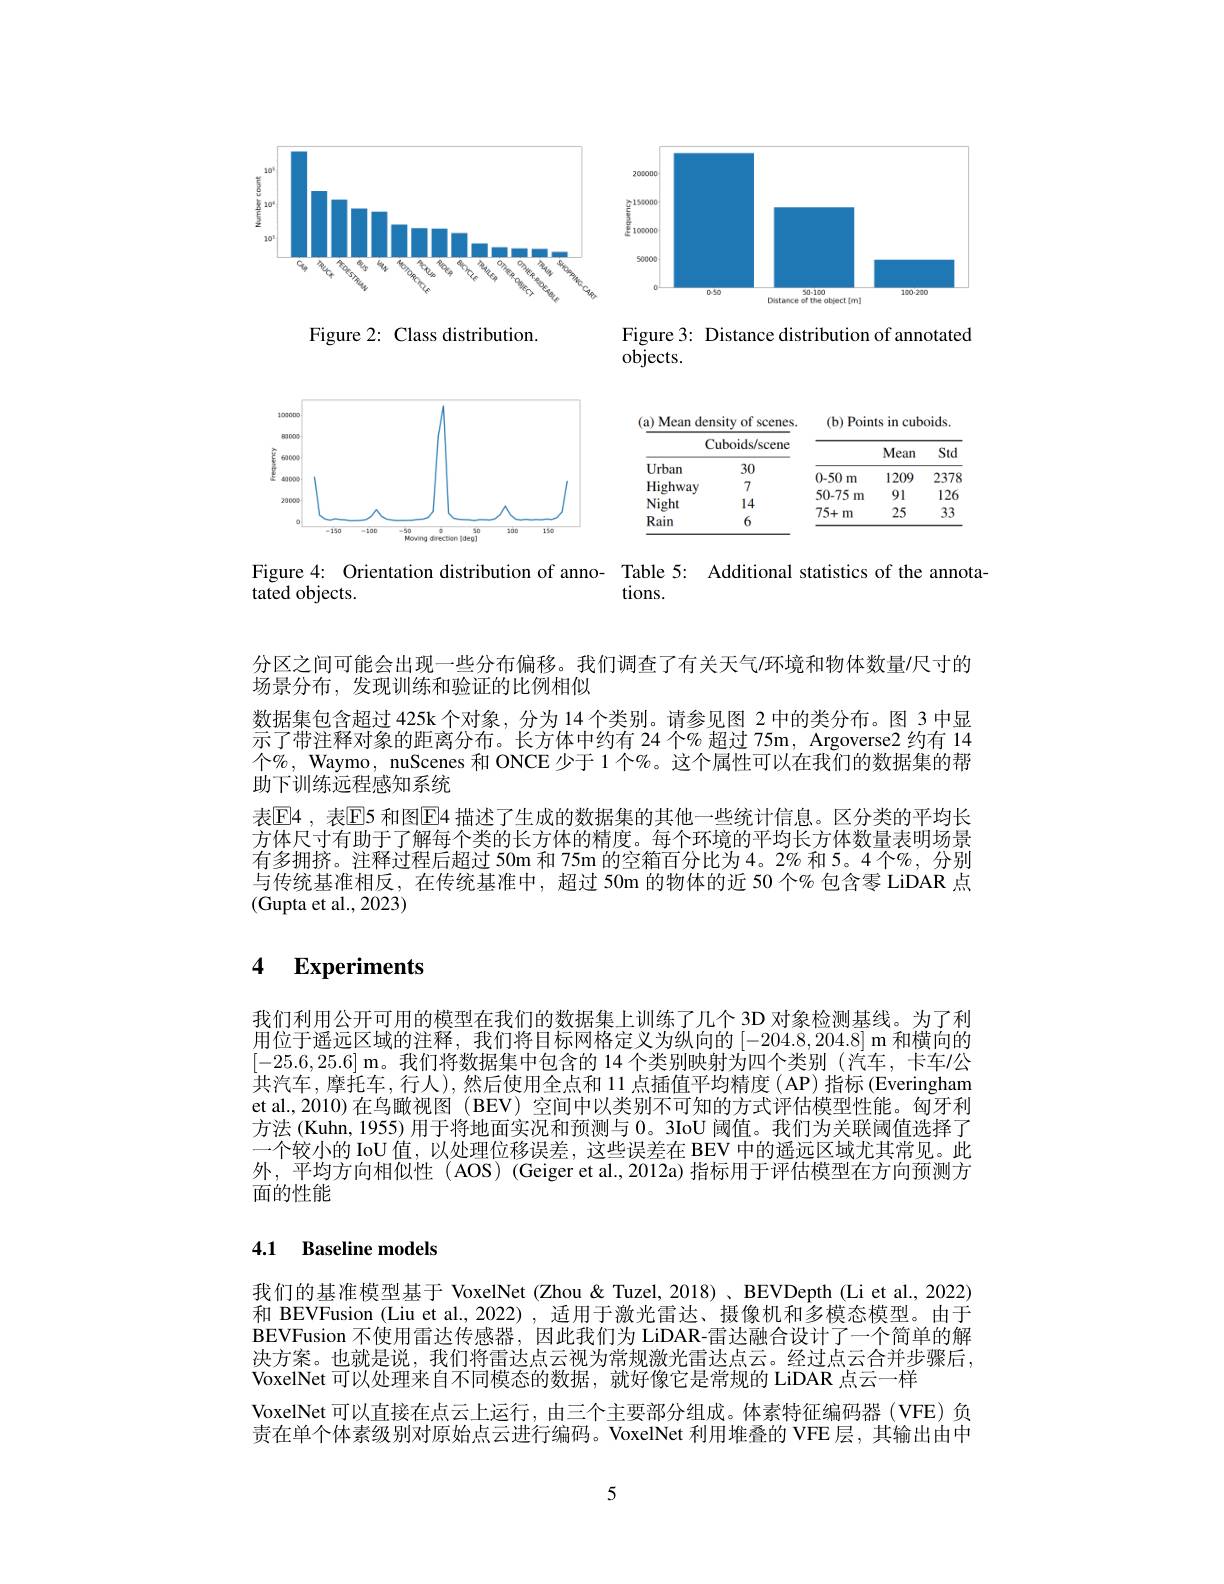
<FigureHere>

Figure 4: Orientation distribution of anno- Table 5: Additional statistics of the annota-

tated objects.
tions.

分区之间可能会出现一些分布偏移。我们调查了有关天气/环境和物体数量/尺寸的
场景分布，发现训练和验证的比例相似
数据集包含超过 425k 个对象，分为 14 个类别。请参见图 2 中的类分布。图 3 中显示了带注释对象的距离分布。长方体中约有 24 个% 超过 75m, Argoverse2 约有 14个%, Waymo, nuScenes 和 ONCE 少于 1 个%。这个属性可以在我们的数据集的帮助下训练远程感知系统
表$\overline{\mathrm{E}}$4 , 表$\overline{\mathrm{E}}$5 和图$\overline{\mathrm{E}}$4 描述了生成的数据集的其他一些统计信息。区分类的平均长方体尺寸有助于了解每个类的长方体的精度。每个环境的平均长方体数量表明场景有多拥挤。注释过程后超过 50m 和 75m 的空箱百分比为 4。2% 和 5。4 个%, 分别与传统基准相反，在传统基准中，超过 50m 的物体的近 50 个% 包含零 LiDAR 点(Gupta et al., 2023)

## 4 $\textbf{Experiments}$

我们利用公开可用的模型在我们的数据集上训练了几个 3D 对象检测基线。为了利用位于遥远区域的注释，我们将目标网格定义为纵向的$[ - 204. 8, 204. 8] \textbf{m 和 横 向 的 }$ [-25.6,25.6] m。我们将数据集中包含的 14 个类别映射为四个类别 (汽车，卡车/公共汽车，摩托车，行人),然后使用全点和 11 点插值平均精度 ( AP) 指标 (Everingham et al., 2010) 在鸟瞰视图 ( BEV) 空间中以类别不可知的方式评估模型性能。匈牙利方法 (Kuhn, 1955) 用于将地面实况和预测与0。3IoU 阈值。我们为关联阈值选择了一个较小的 IoU 值，以处理位移误差，这些误差在 BEV 中的遥远区域尤其常见。此外，平均方向相似性( AOS) (Geiger et al., 2012a) 指标用于评估模型在方向预测方面的性能

# 4.1 Baseline models

我们的基准模型基于 VoxelNet (Zhou& Tuzel, 2018)、BEVDepth (Li et al., 2022) 和 BEVFusion (Liu et al., 2022) , 适用于激光雷达、摄像机和多模态模型。由于BEVFusion 不使用雷达传感器，因此我们为 LiDAR-雷达融合设计了一个简单的解决方案。也就是说，我们将雷达点云视为常规激光雷达点云。经过点云合并步骤后， VoxelNet 可以处理来自不同模态的数据，就好像它是常规的 LiDAR 点云一样
VoxelNet 可以直接在点云上运行，由三个主要部分组成。体素特征编码器(VFE)负责在单个体素级别对原始点云进行编码。VoxelNet 利用堆叠的 VFE 层，其输出由中

5